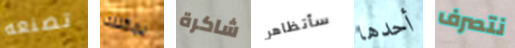
تصنعه يمكنك شاكرة سأتظاهر أحدها نتصرف